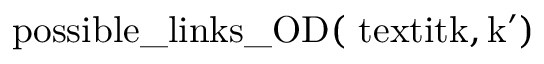
\mathrm { p o s s i b l e \_ l i n k s \_ O D ( \ t e x t i t { k , k ^ { \prime } } ) }